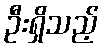
ဦးရှိသည့်